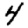
Digit: 4